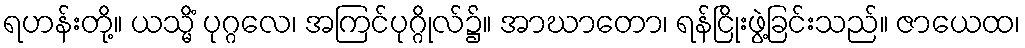
ရဟန်းတို့။ ယသ္မိံ ပုဂ္ဂလေ၊ အကြင်ပုဂ္ဂိုလ်၌။ အာဃာတော၊ ရန်ငြိုးဖွဲ့ခြင်းသည်။ ဇာယေထ၊